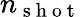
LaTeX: n_{\mathrm{~s~h~o~t~}}